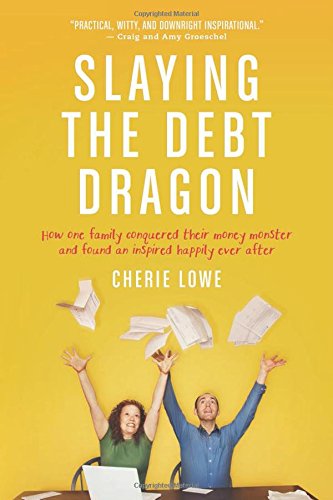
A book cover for Slaying the Debt Dragon: How One Family Conquered Their Money Monster and Found an Inspired Happily Ever After; Cherie Lowe; Business & Money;